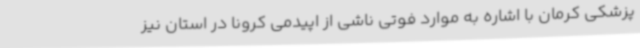
پزشکی کرمان با اشاره به موارد فوتی ناشی از اپیدمی کرونا در استان نیز